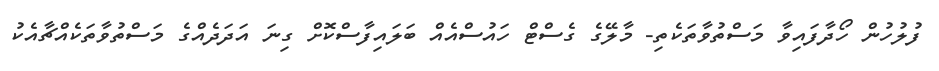
ފުލުހުން ހޯދާފައިވާ މަސްތުވާތަކެތި- މާލޭގެ ގެސްޓް ހައުސްއެއް ބަލައިފާސްކޮށް ގިނަ އަދަދެއްގެ މަސްތުވާތަކެއްޗާއެކު